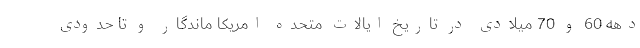
دهه 60 و 70 میلادی در تاریخ ایالات متحده امریکا ماندگار و تا حدودی